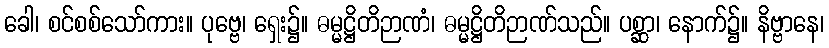
ခေါ၊ စင်စစ်သော်ကား။ ပုဗ္ဗေ၊ ရှေး၌။ ဓမ္မဋ္ဌိတိဉာဏံ၊ ဓမ္မဋ္ဌိတိဉာဏ်သည်။ ပစ္ဆာ၊ နောက်၌။ နိဗ္ဗာနေ၊